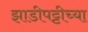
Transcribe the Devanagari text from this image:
झाडीपट्टीच्या